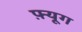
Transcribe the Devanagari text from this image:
फ़्यूग